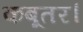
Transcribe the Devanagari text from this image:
कबूतर।